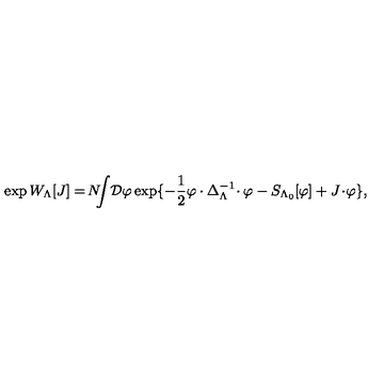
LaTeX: \exp W _ { \Lambda } [ J ] = \! N \! \! \! \int \! { \cal D } \varphi \exp \{ - \frac { 1 } { 2 } \varphi \cdot \Delta _ { \Lambda } ^ { - 1 } \! \cdot \varphi - S _ { \Lambda _ { 0 } } [ \varphi ] + J \! \cdot \! \varphi \} ,